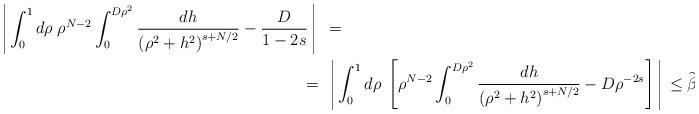
LaTeX: \begin{align*}\left\arrowvert\int_0^1 d\rho\;\rho^{N-2}\int_0^{D\rho^2}\frac{dh}{\left(\rho^2+h^2\right)^{s+N/2}}-\frac{D}{1-2s}\right\arrowvert\ &=\\=\ &\left\arrowvert\int_0^1 d\rho\;\left[\rho^{N-2}\int_0^{D\rho^2}\frac{dh}{\left(\rho^2+h^2\right)^{s+N/2}}-D\rho^{-2s}\right]\right\arrowvert\leq \widetilde\beta,\end{align*}